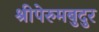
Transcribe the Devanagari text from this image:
श्रीपेरुमबुदुर